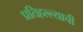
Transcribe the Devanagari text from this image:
प्रतिहल्ल्याची